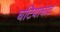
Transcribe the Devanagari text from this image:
घटियाघाट